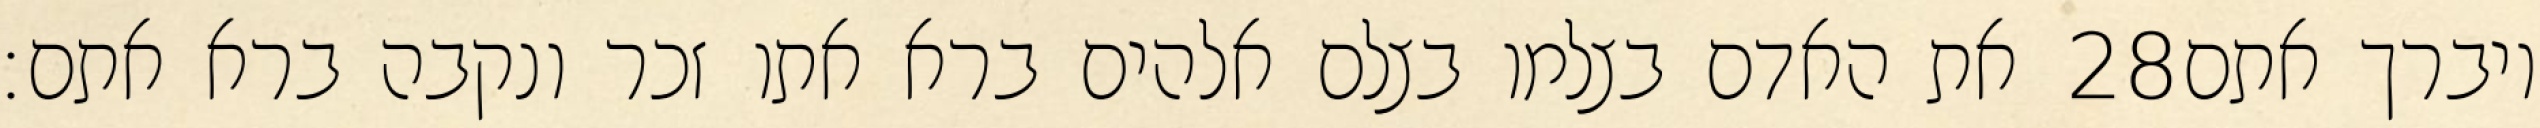
את האדם בצלמו בצלם אלהים ברא אתו זכר ונקבה ברא אתם׃ ‎28‏ ויברך אתם